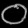
Digit: ၀